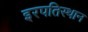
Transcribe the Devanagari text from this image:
इरपतिस्थान